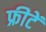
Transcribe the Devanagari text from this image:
फ्रीटें